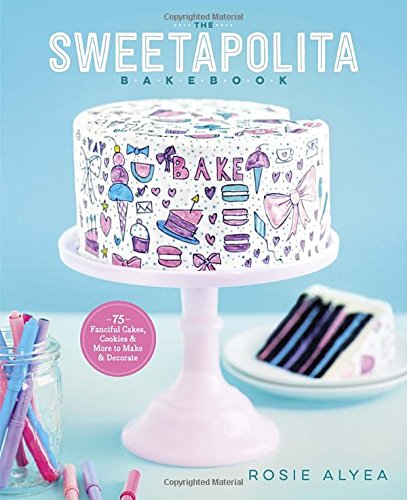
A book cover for The Sweetapolita Bakebook: 75 Fanciful Cakes, Cookies & More to Make & Decorate; Rosie Alyea; Cookbooks, Food & Wine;